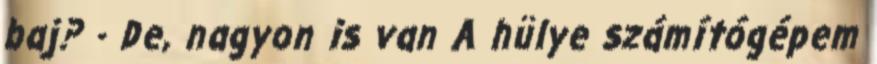
baj? - De, nagyon is van A hülye számítógépem